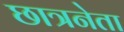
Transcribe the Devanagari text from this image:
छात्रनेता